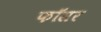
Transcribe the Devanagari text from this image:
फॉसर